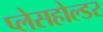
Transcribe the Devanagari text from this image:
प्लेसहोल्डर